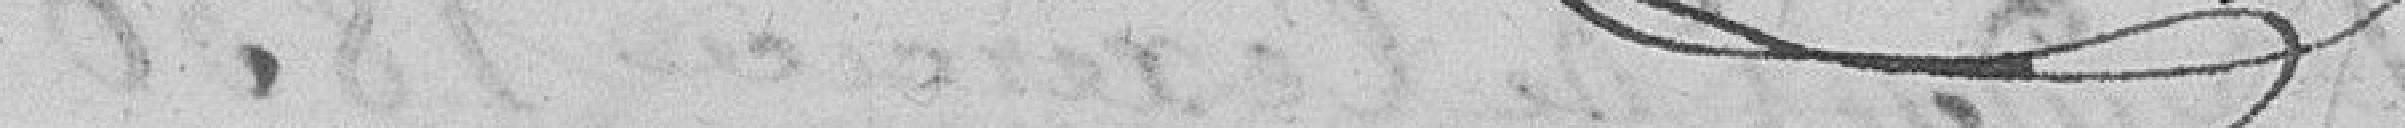
Nos vœux sont exaucés